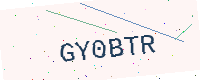
Text: GY0BTR